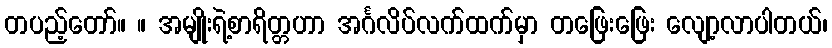
တပည့်တော်။ ။ အမျိုးရဲ့စာရိတ္တဟာ အင်္ဂလိပ်လက်ထက်မှာ တဖြေးဖြေး လျော့လာပါတယ်၊